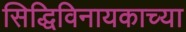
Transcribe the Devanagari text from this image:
सिद्धिविनायकाच्या